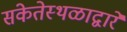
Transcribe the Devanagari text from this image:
संकेतेस्थळाद्वारे